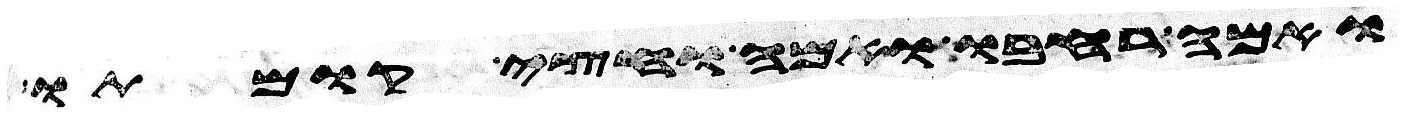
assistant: ואמה רחבו ואמה וחצי קומתו